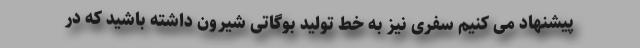
پیشنهاد می کنیم سفری نیز به خط تولید بوگاتی شیرون داشته باشید که در